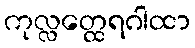
ကုလ္လတ္ထေရဂါထာ